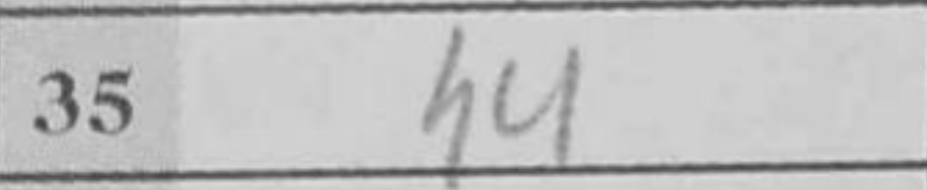
Transcription: c5